Report on certain features of malaria in the island of Salsette
Disease focus: Malaria
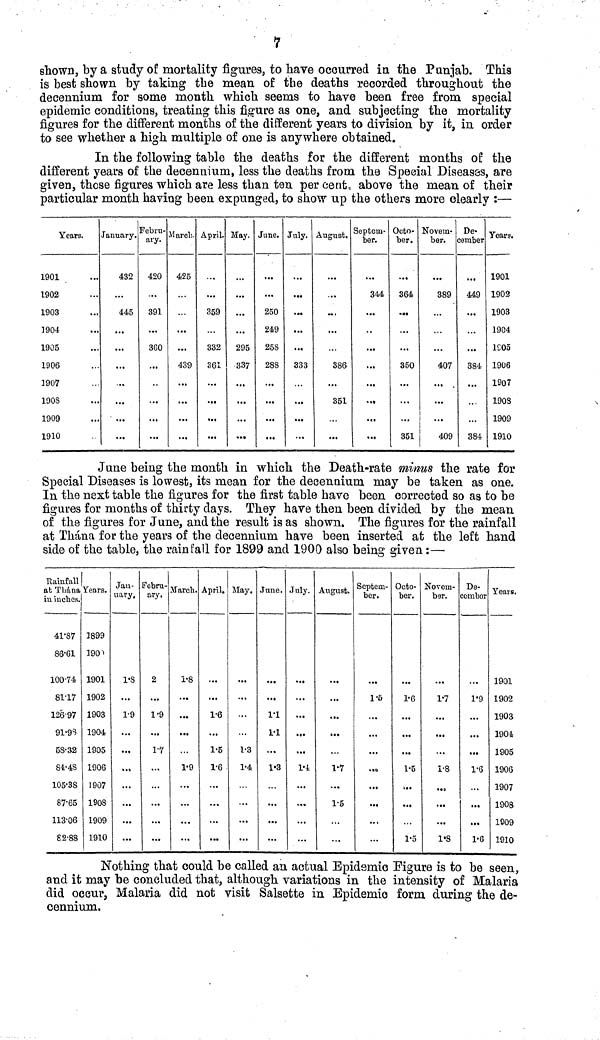
1
shown, by a study of mortality figures, to have occurred in the Punjab. This
is best shown by taking the mean of the deaths recorded throughout the
decennium for some month which seems to have been free from special
epidemic conditions, treating this figure as one, and subjecting the mortality
figures for the different months of the different years to division by it, in order
to see whether a high multiple of one is anywhere obtained.
In the following table the deaths for the different months of the
different years of the decennium, less the deaths from the Special Diseases, are
given, those figures which are less than ten per cent, above the mean of their
particular month having been expunged, to show up the others more clearly :—
Years.
1901
1902
1903
1904
1905
1906
1907
1903
1909
1910
January.
432
445
...
...
...
Febru-
ary.
420
391
360
...
March.
425
...
439
April.
359
332
361
May.
...
295
337
June.
250
249
258
288
July.
...
...
...
333
August.
...
...
...
386
351
Septem-
ber.
344
..
...
...
Octo-
ber.
364
...
350
351
Novem-
ber.
389
407
409
De-
cember
449
...
384
384
Years.
1901
1902
1903
1904
1905
1906
1907
1908
1909
1910
June being the month in which the Death-rate minus the rate for
Special Diseases is lowest, its mean for the decennium may be taken as one.
In the next table the figures for the first table have been corrected so as to be
figures for months of thirty days. They have then been divided by the mean
of the figures for June, and the result is as shown. The figures for the rainfall
at Thána for the years of the decennium have been inserted at the left hand
side of the table, the rainfall for 1899 and 1900 also being given:—
Rainfall
at Thána
in inches.
41'87
86•61
100•74
81•17
126-97
91•98
58•32
84•48
105•38
87•65
113•06
82•88
Years.
3899
3901
1901
1902
1903
1904
1905
1906
1907
1908
1909
1910
Jan-
uary.
1•8
1•9
...
...
Febru-
ary.
2
1•9
1•7
...
March.
1•8
...
1•9
April.
1•6
1•5
1•6
May.
...
1•3
1•4
June.
1•1
1•1
...
1•3
July.
...
...
1•4
August.
...
1•7
1•5
Septem-
ber.
1•5
...
...
Octo-
ber.
1•6
1•5
1•5
Novem-
ber.
1•7
1•8
1•8
De-
cember
1•9
1•6
1•6
Years.
1901
1902
1903
1904
1905
1906
1907
1908
1909
1910
Nothing that could be called an actual Epidemic Eigure is to be seen,
and it may be concluded that, although variations in the intensity of Malaria
did occur, Malaria did not visit Salsette in Epidemic form during the de-
cennium.